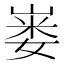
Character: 𪩇